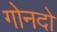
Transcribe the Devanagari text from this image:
गोनदो